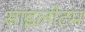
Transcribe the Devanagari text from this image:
साइलोटम